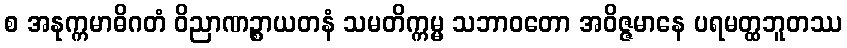
စ အနုက္ကမာဓိဂတံ ဝိညာဏဉ္စာယတနံ သမတိက္ကမ္မ သဘာဝတော အဝိဇ္ဇမာနေ ပရမတ္ထဘူတဿ